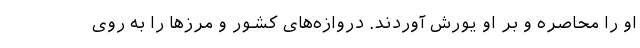
او را محاصره و بر او یورش آوردند. دروازه‌های کشور و مرزها را به روی